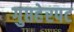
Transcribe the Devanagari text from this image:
गुप्तहेरपट